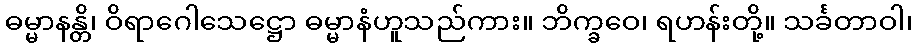
ဓမ္မာနန္တိ၊ ဝိရာဂေါသေဋ္ဌော ဓမ္မာနံဟူသည်ကား။ ဘိက္ခဝေ၊ ရဟန်းတို့။ သင်္ခတာဝါ၊